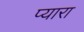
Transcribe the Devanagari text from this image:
प्‍यारा